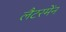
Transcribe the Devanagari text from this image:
लैटरमेंन